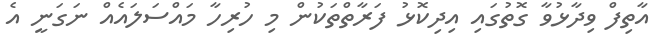
އާތިފް ވިދާޅުވާ ގޮތުގައި އިދިކޮޅު ފަރާތްތަކުން މި ހުރިހާ މައްސަލައެއް ނަގަނީ އެ